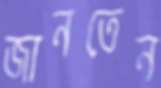
জানতেন